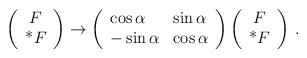
\begin{align*}\left( \begin{array}{c} F\\ $*$F\end{array}\right) \rightarrow \left( \begin{array}{ll} \cos\alpha &\sin\alpha\\ -\sin\alpha & \cos\alpha\end{array}\right)\left( \begin{array}{c} F\\ $*$F\end{array}\right) \,.\end{align*}